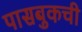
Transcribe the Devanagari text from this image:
पासबुकची